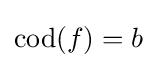
\operatorname {cod} (f)=b